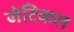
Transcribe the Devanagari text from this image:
जेटिकल